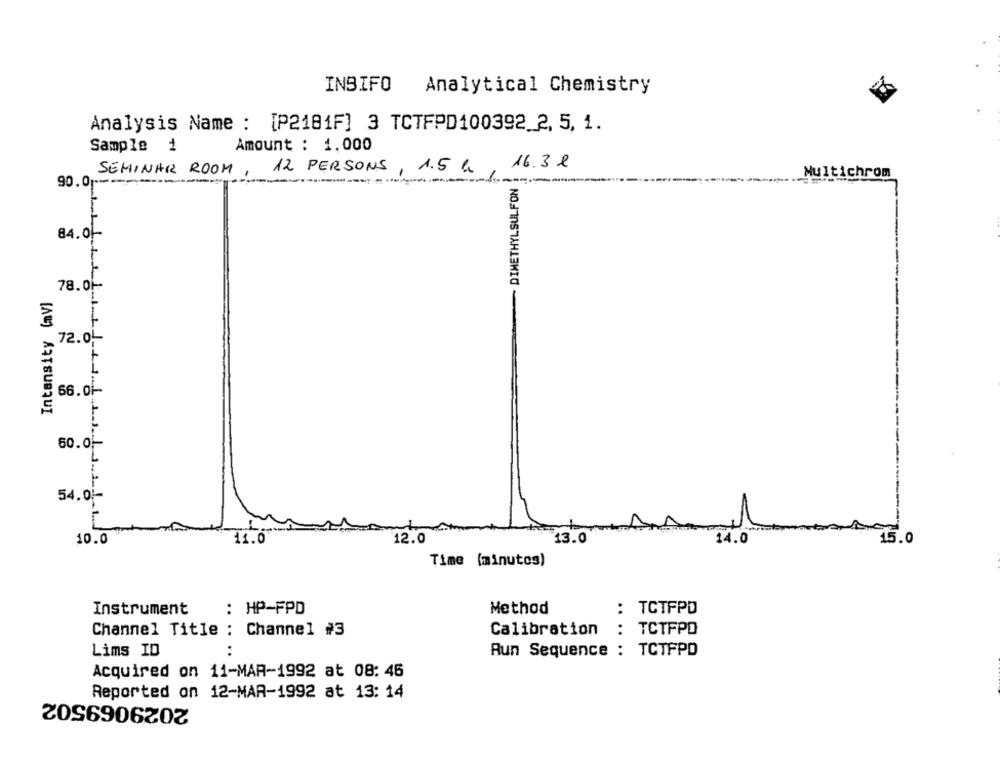
INBIFO
Analytical Chemistry
Analysis Name : [P2181F] 3 TCTFPD100392_2, 5, 1.
Sample 1
Amount : 1.000
12 PERSONS , 1.5h , 16.3l
SEMINAR ROOM ,
Multichrom
90.0p ---
DIMETHYLSULFON
84.01
78.01-
Intensity (nV]
1
72.0.
1
66.01
60.0 .-
54.01
10.0
11.0
12.0
13.0
14.0
15.0
Time (minutes)
: HP-FPD
Method
: TCTFPD
Instrument
Channel Title : Channel #3
Calibration
:
TCTFPO
....
Lims ID
..
Aun Sequence : TCTFPD
Acquired on 11-MAR-1992 at 08: 46
Reported on 12-MAR-1992 at 13: 14
2029069502